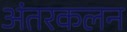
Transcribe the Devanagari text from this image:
अंतरकलन